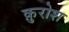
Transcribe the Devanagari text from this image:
क़ुरोश